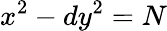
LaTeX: x^{2}-dy^{2}=N